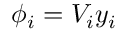
\phi _ { i } = V _ { i } y _ { i }